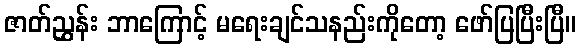
ဇာတ်ညွှန်း ဘာကြောင့် မရေးချင်သနည်းကိုတော့ ဖော်ပြပြီးပြီ။